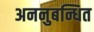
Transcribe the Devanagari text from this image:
अननुबन्धित